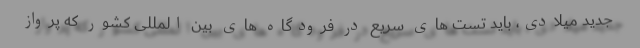
جدید میلادی، باید تست های سریع در فرودگاه های بین المللی کشور که پرواز